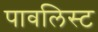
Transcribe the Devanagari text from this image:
पावलिस्ट